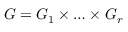
G = G _ { 1 } \times \ldots \times G _ { r }